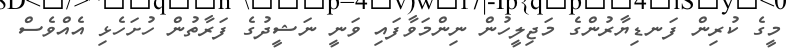
މީގެ ކުރިން ފަނޑިޔާރުންގެ މަޖިލީހުން ނިންމަވާފައި ވަނީ ނަޝީދުގެ ފަރާތުން ހުށަހެޅި އެއްވެސް